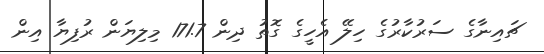
ޗައިނާގެ ސަރުކާރުގެ ހިލޭ އެހީގެ ގޮތު ދިން 171.7 މިލިޔަން ރުފިޔާ އިން